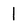
Character: l